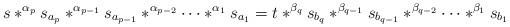
LaTeX: \begin{align*}s*^{\alpha_p}s_{a_p}*^{\alpha_{p-1}}s_{a_{p-1}}*^{\alpha_{p-2}}\cdots*^{\alpha_1}s_{a_1}=t*^{\beta_q}s_{b_q}*^{\beta_{q-1}}s_{b_{q-1}}*^{\beta_{q-2}}\cdots*^{\beta_1}s_{b_1}\end{align*}